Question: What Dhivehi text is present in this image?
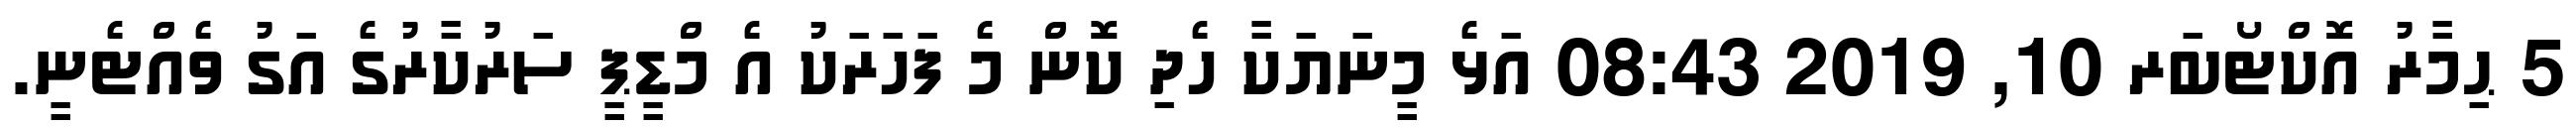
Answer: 5 ޙިމާރު އޮކްޓޯބަރ 10, 2019 08:43 އަޅެ މީނަޔަކާ ހެދި ކޮން މެ ފަހަރަކު އެ މްޑީޕީ ސަރުކާރުގެ އަގު ވެއްޓެނީ.